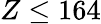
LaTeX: Z\leq 164